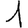
Digit: 1